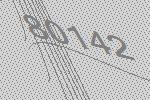
80142